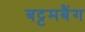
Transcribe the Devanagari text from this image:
बट्टमबैंग